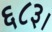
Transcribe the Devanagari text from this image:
६८३।